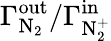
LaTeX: \Gamma_{\mathrm{N_{2}}}^{\mathrm{out}}/\Gamma_{\mathrm{N_{2}^{+}}}^{\mathrm{in}}